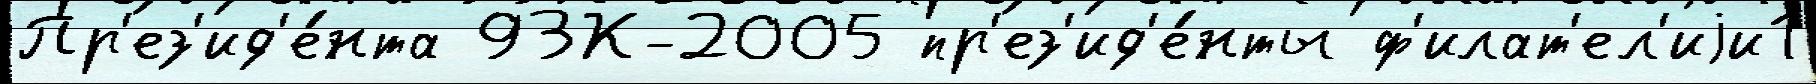
Пр'ез'ид'е́нта 93К-2005 пр'ез'ид'е́нты ф'илат'ел'иjи1